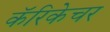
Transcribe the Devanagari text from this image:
कॅरिकेचर